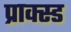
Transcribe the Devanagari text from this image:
प्राक्स्ड